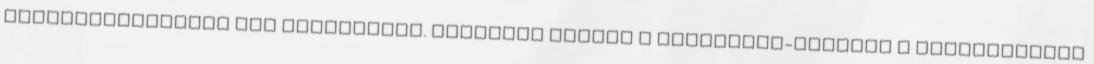
szolgáltatásához van szükségünk. Bizalmat kapott a Grindeanu-kormány a parlamenttől